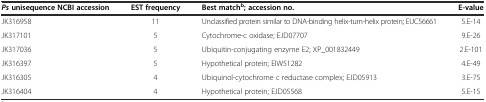
<table><thead><tr><td><b><i>Ps</i>unisequence NCBI accession</b></td><td><b>EST frequency</b></td><td><b>Best match<sup>b</sup>; accession no.</b></td><td><b>E-value</b></td></tr></thead><tbody><tr><td>JK316958</td><td>11</td><td>Unclassified protein similar to DNA-binding helix-turn-helix protein; EUC56661</td><td>5.E-14</td></tr><tr><td>JK317101</td><td>5</td><td>Cytochrome-c oxidase; EJD07707</td><td>9.E-26</td></tr><tr><td>JK317036</td><td>5</td><td>Ubiquitin-conjugating enzyme E2; XP_001832449</td><td>2.E-101</td></tr><tr><td>JK316397</td><td>5</td><td>Hypothetical protein; EIW51282</td><td>4.E-49</td></tr><tr><td>JK316305</td><td>4</td><td>Ubiquinol-cytochrome c reductase complex; EJD05913</td><td>3.E-75</td></tr><tr><td>JK316404</td><td>4</td><td>Hypothetical protein; EJD05568</td><td>5.E-15</td></tr></tbody></table>